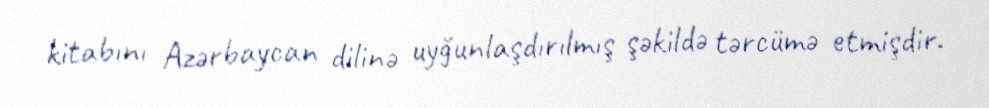
kitabını Azərbaycan dilinə uyğunlaşdırılmış şəkildə tərcümə etmişdir.